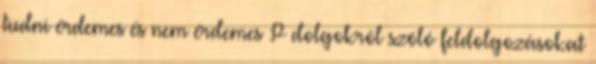
tudni érdemes és nem érdemes :P dolgokról szóló feldolgozásokat